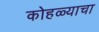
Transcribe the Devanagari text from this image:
कोहळ्याचा